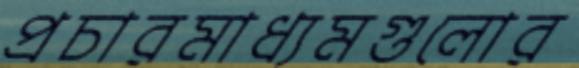
প্রচারমাধ্যমগুলোর